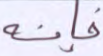
فإنه